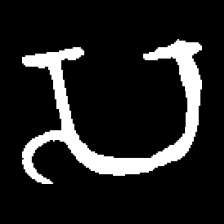
Pyu character \u2014 Myanmar letter: သ (romanized: sa)